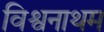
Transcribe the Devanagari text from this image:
विश्वनाथम